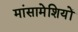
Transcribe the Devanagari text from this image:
मांसामेशियों